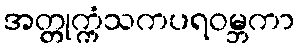
အတ္တုက္ကံသကပရဝမ္ဘကာ